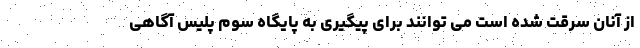
از آنان سرقت شده است می توانند برای پیگیری به پایگاه سوم پلیس آگاهی